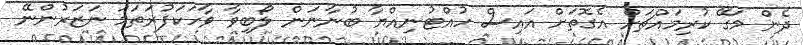
ދެން މަގޭ ކުރިމައްޗަށް އެގޮތަށް އައިސް ހުއްޓުނިއްޔާ ބުނާނަން ލޯބިވާ ވާހަކަފުރަތަމަ ނަޒަރުންނޭ